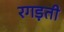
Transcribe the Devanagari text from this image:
रगड़ती